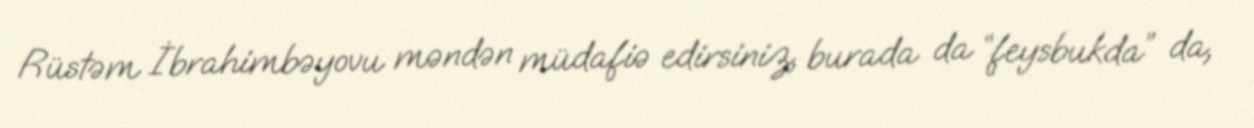
Rüstəm İbrahimbəyovu məndən müdafiə edirsiniz, burada da “feysbukda” da,